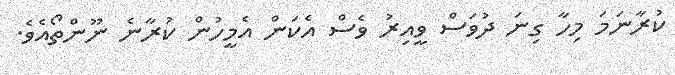
ކުރާނަމަ މިހާ ގިނަ ދުވަސް ވީއިރު ވެސް އެކަން އެމީހުން ކުރާނެ ނޫންތޯއެވެ.